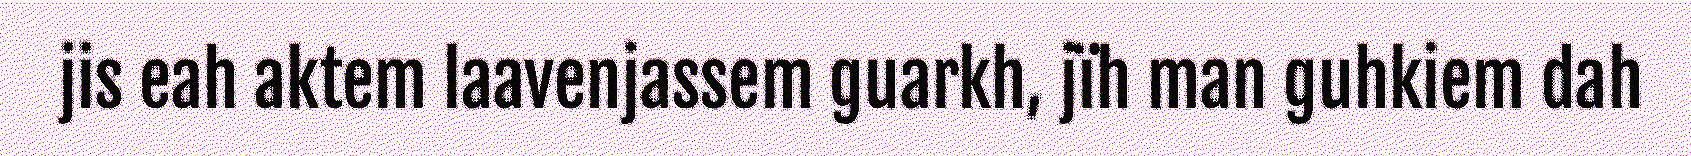
jis eah aktem laavenjassem guarkh, jïh man guhkiem dah